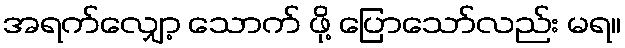
အရက်လျှော့ သောက် ဖို့ ပြောသော်လည်း မရ။